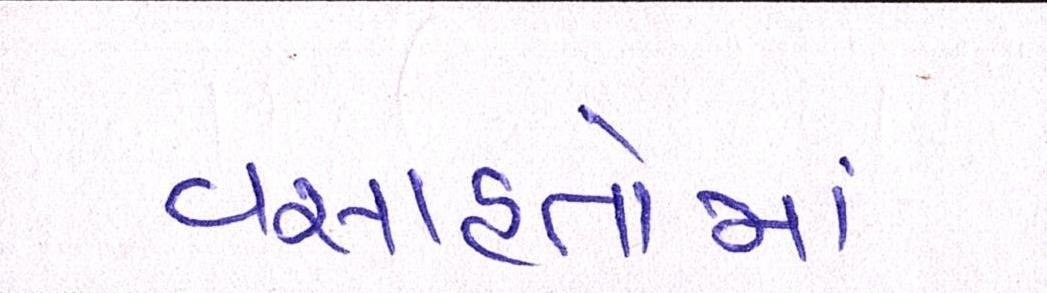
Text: વસાહતોમાં